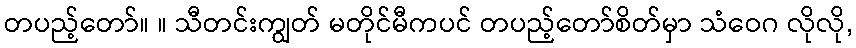
တပည့်တော်။ ။ သီတင်းကျွတ် မတိုင်မီကပင် တပည့်တော်စိတ်မှာ သံဝေဂ လိုလို,